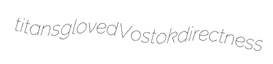
titans gloved Vostok directness